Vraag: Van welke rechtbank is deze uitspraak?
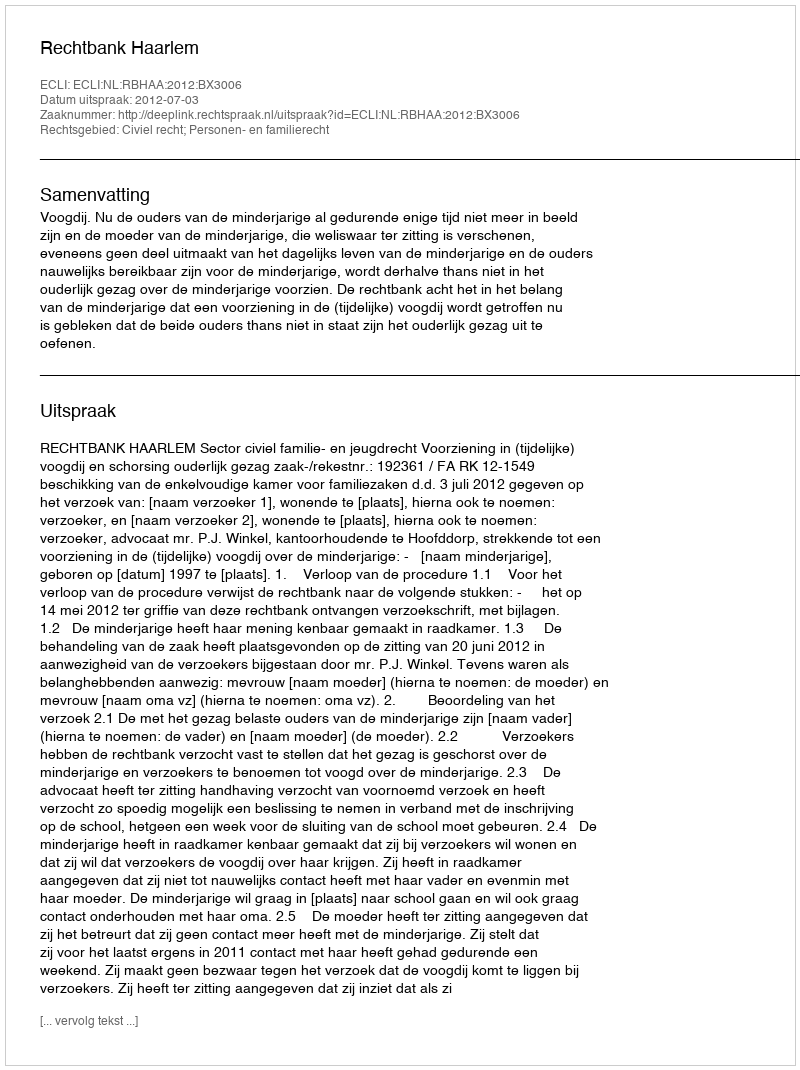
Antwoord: Rechtbank Haarlem